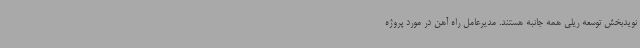
نویدبخش توسعه ریلی همه جانبه هستند. مدیرعامل راه آهن در مورد پروژه